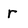
Character: r